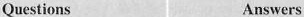
Questions Answers